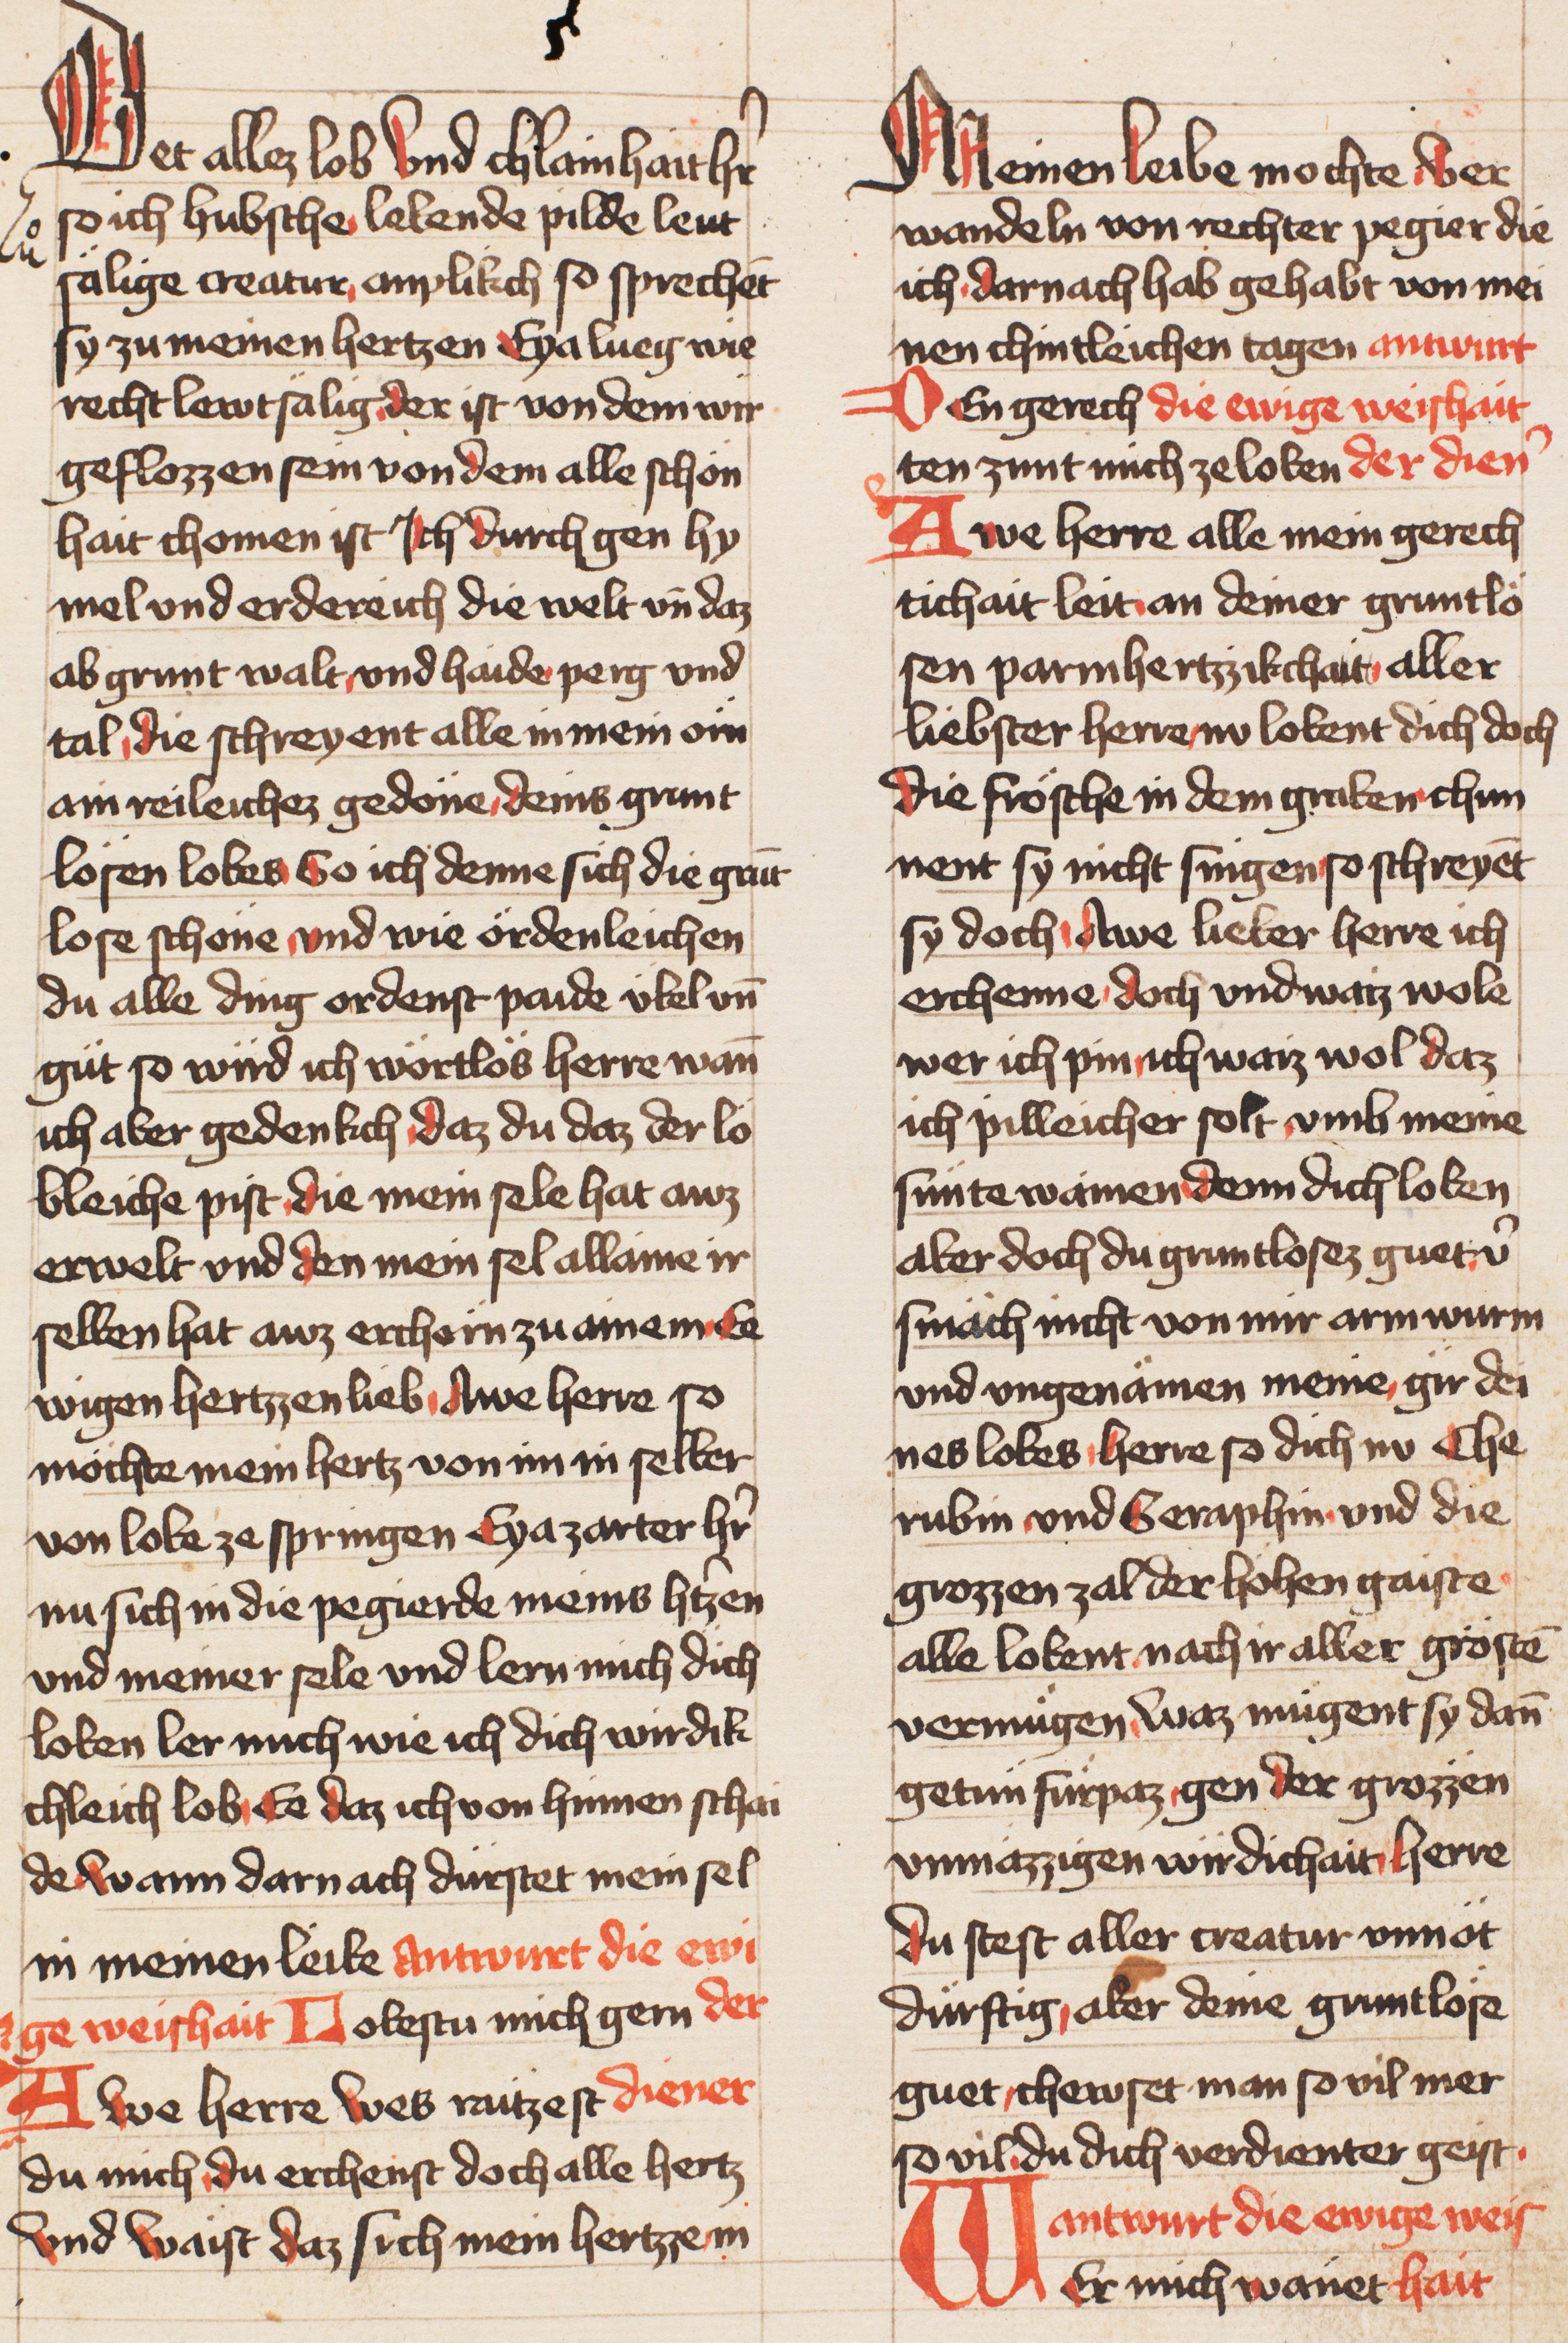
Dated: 1436–1436